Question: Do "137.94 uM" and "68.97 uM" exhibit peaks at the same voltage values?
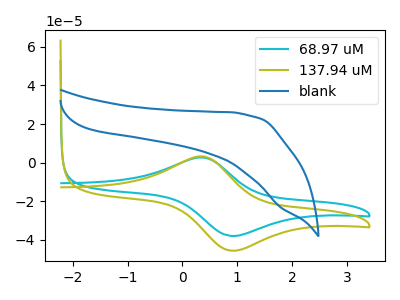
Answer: <think>The cyan curve "68.97 uM" has an anodic peak at (0.35V, 2.70uA) and a cathodic peak at (0.90V, -37.95uA). The olive curve "137.94 uM" has an anodic peak at (0.35V, 3.25uA) and a cathodic peak at (0.90V, -45.55uA). The blue curve "blank" has no peaks.</think>
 <answer>Yes, "137.94 uM" have a peak in "68.97 uM" at the same potential.</answer>
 <eval>match</eval>